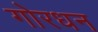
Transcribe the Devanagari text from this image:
गोरधन